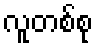
လူတစ်စု